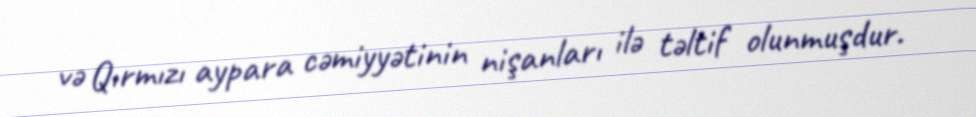
və Qırmızı aypara cəmiyyətinin nişanları ilə təltif olunmuşdur.